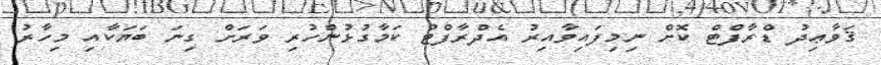
ޤަވާޢިދު ޑްރާފްޓް ކޮށް ނިމިފައިވާއިރު އެދްރާފްޓު ކަމާގުޅުންހުރި ވަރަށް ގިނަ ބަޔަކާއި މިހާރު